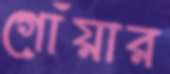
গোঁয়ার